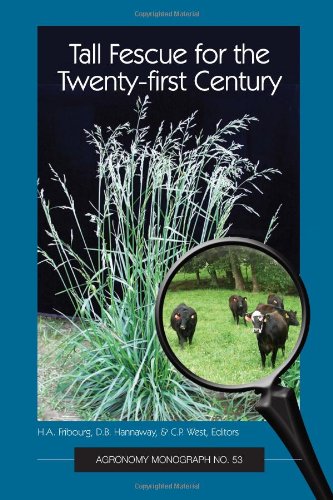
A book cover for Tall Fescue for the Twenty-first Century (Agronomy Monograph); H.A. Fribourg; Science & Math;